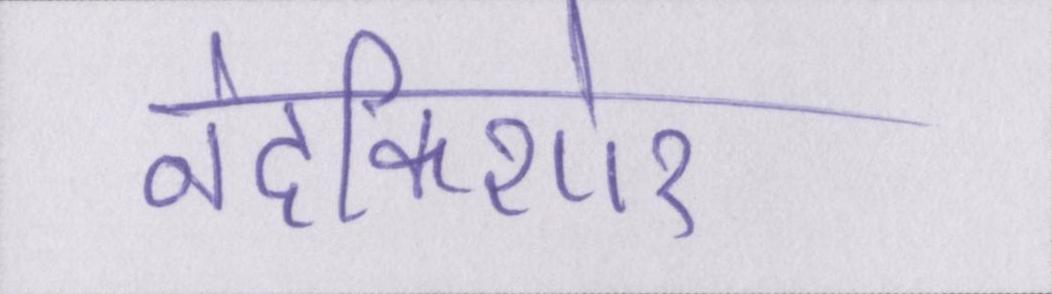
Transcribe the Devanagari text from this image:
नंदकिशोर